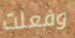
وفعلت